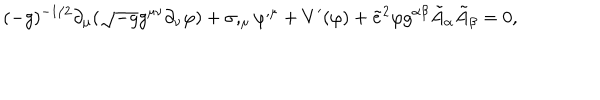
LaTeX: ( - g ) ^ { - 1 / 2 } \partial _ { \mu } ( \sqrt { - g } g ^ { \mu \nu } \partial _ { \nu } \varphi ) + \sigma , _ { \mu } \varphi ^ { , \mu } + V ^ { \prime } ( \varphi ) + \tilde { e } ^ { 2 } \varphi g ^ { \alpha \beta } \tilde { A } _ { \alpha } \tilde { A } _ { \beta } = 0 ,